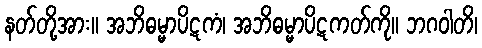
နတ်တို့အား။ အဘိဓမ္မာပိဋကံ၊ အဘိဓမ္မာပိဋကတ်ကို။ ဘဂဝါတိ၊